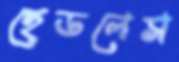
হেডলেস